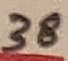
Text: 38